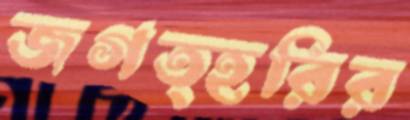
জগত্হরির